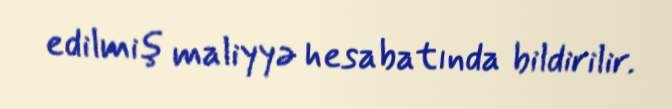
edilmiş maliyyə hesabatında bildirilir.